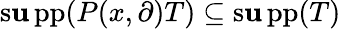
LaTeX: \operatorname{s\mathbf{u}pp}(P(x,\partial)T)\subseteq\operatorname{s\mathbf{u}pp}(T)